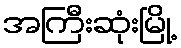
အကြီးဆုံးမြို့